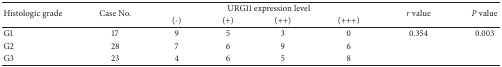
<table><thead><tr><td rowspan="2"><b>Histologic grade</b></td><td rowspan="2"><b>Case No.</b></td><td colspan="4"><b>URG11 expression level</b></td><td rowspan="2"><b><i>r</i> value</b></td><td rowspan="2"><b><i>P</i> value</b></td></tr><tr><td><b>(-)</b></td><td><b>(+)</b></td><td><b>(++)</b></td><td><b>(+++)</b></td></tr></thead><tbody><tr><td>G1</td><td>17</td><td>9</td><td>5</td><td>3</td><td>0</td><td>0.354</td><td>0.003</td></tr><tr><td>G2</td><td>28</td><td>7</td><td>6</td><td>9</td><td>6</td><td> </td><td> </td></tr><tr><td>G3</td><td>23</td><td>4</td><td>6</td><td>5</td><td>8</td><td> </td><td> </td></tr></tbody></table>